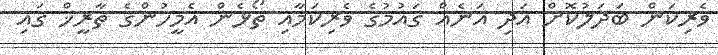
ވެރިކަން ބަދަލުކޮށް އަދި އަނެއް ގައުމުގެ ވެރިކަމާއި ތޯޅެން އެމީހުންގެ ތާރީޚް ގައި